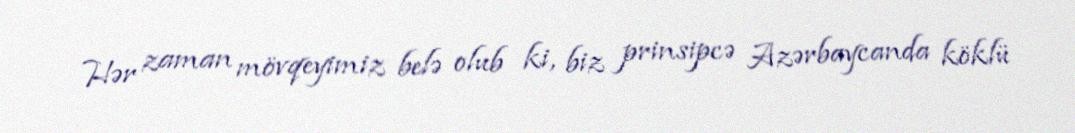
Hər zaman mövqeyimiz belə olub ki, biz prinsipcə Azərbaycanda köklü